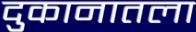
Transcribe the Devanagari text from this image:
दुकानातला